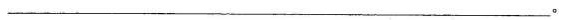
___(3分）